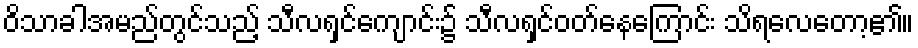
ဝိသာခါအမည်တွင်သည့် သီလရှင်ကျောင်း၌ သီလရှင်ဝတ်နေကြောင်း သိရလေတော့၏။